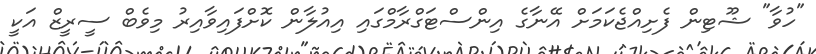
"ހުވާ" ޝޫޓިން ފެށިއްޖެކަމަށް އޭނާގެ އިންސްޓަގްރާމްގައި އިއުލާން ކޮށްފައިވާއިރު މިވެބް ސީރީޒް އަކީ